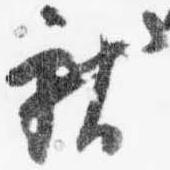
献